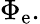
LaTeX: \Phi_{\mathrm{e}}.